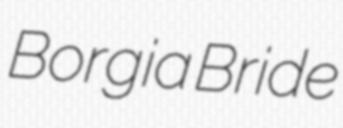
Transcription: Borgia Bride